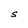
Character: S